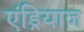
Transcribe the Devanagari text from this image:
एंड्रियाज़